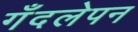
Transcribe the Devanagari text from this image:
गँदलेपन